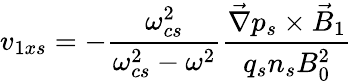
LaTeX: v_{1xs}=-\frac{\omega_{cs}^{2}}{\omega_{cs}^{2}-\omega^{2}}\frac{\vec{\nabla}p_{s}\times\vec{B}_{1}}{q_{s}n_{s}B_{0}^{2}}